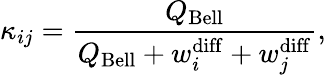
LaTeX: \kappa_{ij}=\frac{Q_{\mathrm{Bell}}}{Q_{\mathrm{Bell}}+w_{i}^{\mathrm{diff}}+w_{j}^{\mathrm{diff}}},